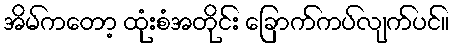
အိမ်ကတော့ ထုံးစံအတိုင်း ခြောက်ကပ်လျက်ပင်။